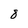
Character: 8